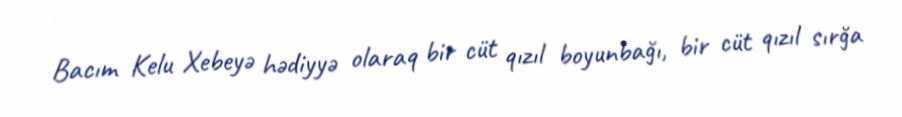
Bacım Kelu Xebeyə hədiyyə olaraq bir cüt qızıl boyunbağı, bir cüt qızıl sırğa